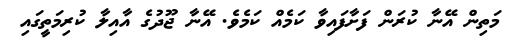
މަތިން އޭނާ ކުރަން ފަށާފައިވާ ކަމެއް ކަމެވެ. އޭނާ ޖޫދުގެ އާއިލާ ކުރިމަތީގައި